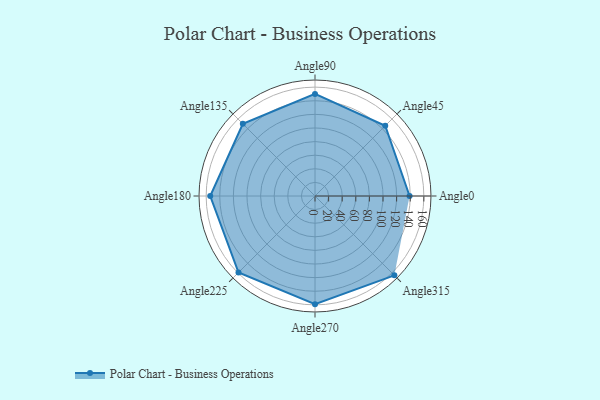
{"axis": {"x": "Angle", "y": "Radius"}, "legend": [""], "data": [{"x": "Angle0", "y": 139.0, "type": ""}, {"x": "Angle45", "y": 146.0, "type": ""}, {"x": "Angle90", "y": 150.0, "type": ""}, {"x": "Angle135", "y": 150.0, "type": ""}, {"x": "Angle180", "y": 154.0, "type": ""}, {"x": "Angle225", "y": 159.0, "type": ""}, {"x": "Angle270", "y": 159.0, "type": ""}, {"x": "Angle315", "y": 165.0, "type": ""}]}